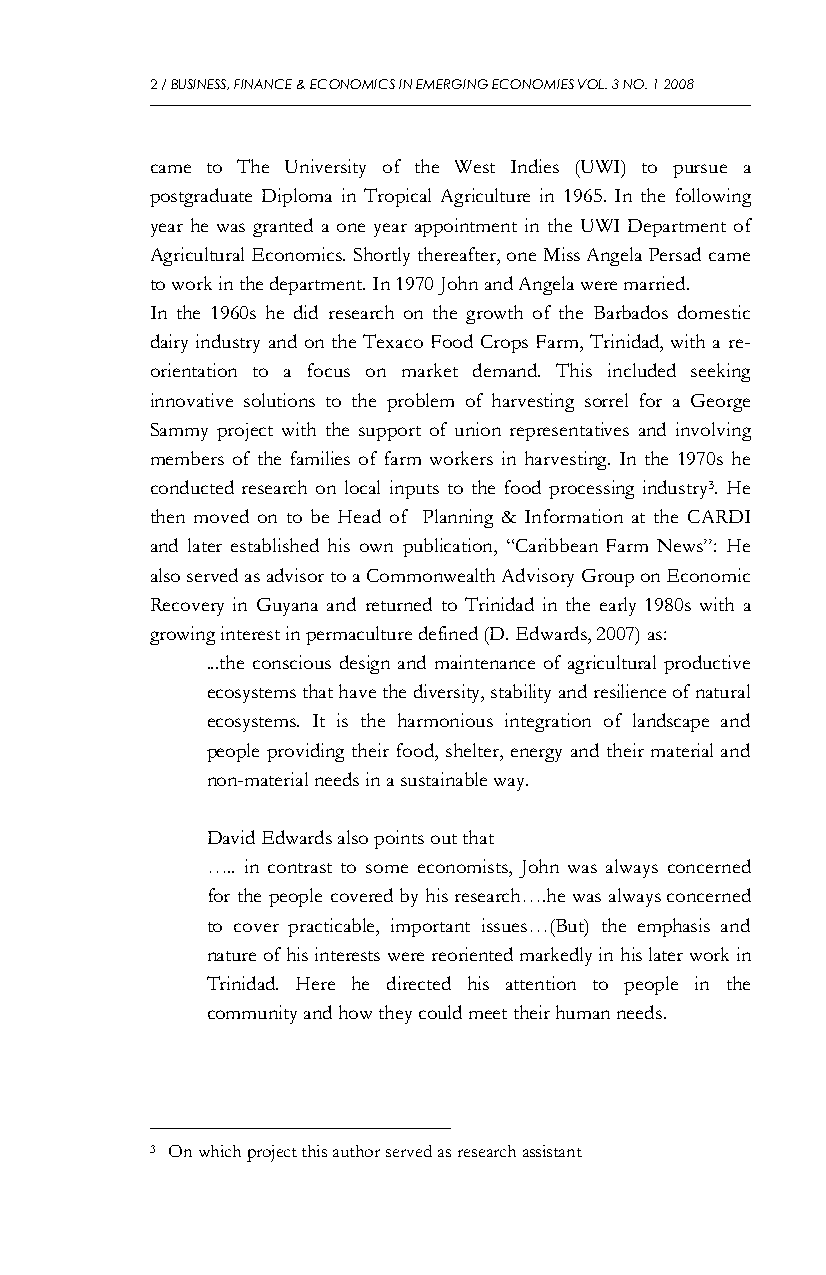
2 / BUSINESS, FINANCE & ECONOMICS IN EMERGING ECONOMIES VOL. 3 NO. 1 2008
 came to The University of the West Indies (UWI) to pursue a
 postgraduate Diploma in Tropical Agriculture in 1965. In the following
 year he was granted a one year appointment in the UWI Department of
 Agricultural Economics. Shortly thereafter, one Miss Angela Persad came
 to work in the department. In 1970 John and Angela were married.
 In the 1960s he did research on the growth of the Barbados domestic
 dairy industry and on the Texaco Food Crops Farm, Trinidad, with a re-
 orientation to a focus on market demand. This included seeking
 innovative solutions to the problem of harvesting sorrel for a George
 Sammy project with the support of union representatives and involving
 members of the families of farm workers in harvesting. In the 1970s he
 conducted research on local inputs to the food processing industry3. He
 then moved on to be Head of Planning & Information at the CARDI
 and later established his own publication, “Caribbean Farm News”: He
 also served as advisor to a Commonwealth Advisory Group on Economic
 Recovery in Guyana and returned to Trinidad in the early 1980s with a
 growing interest in permaculture defined (D. Edwards, 2007) as:
 ...the conscious design and maintenance of agricultural productive
 ecosystems that have the diversity, stability and resilience of natural
 ecosystems. It is the harmonious integration of landscape and
 people providing their food, shelter, energy and their material and
 non-material needs in a sustainable way.
 David Edwards also points out that
 ….. in contrast to some economists, John was always concerned
 for the people covered by his research….he was always concerned
 to cover practicable, important issues…(But) the emphasis and
 nature of his interests were reoriented markedly in his later work in
 Trinidad. Here he directed his attention to people in the
 community and how they could meet their human needs.
 3 On which project this author served as research assistant